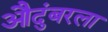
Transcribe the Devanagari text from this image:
औदुंबरला